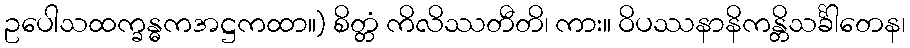
ဥပေါသထက္ခန္ဓကအဋ္ဌကထာ။) စိတ္တံ ကိလိဿတီတိ၊ ကား။ ဝိပဿနာနိကန္တိသင်္ခါတေန၊